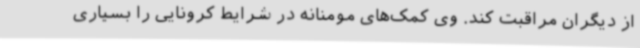
از دیگران مراقبت کند. وی کمک‌های مومنانه در شرایط کرونایی را بسیاری